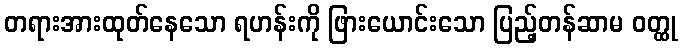
တရားအားထုတ်နေသော ရဟန်းကို ဖြားယောင်းသော ပြည့်တန်ဆာမ ဝတ္ထု